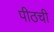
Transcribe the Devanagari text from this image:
पीठची